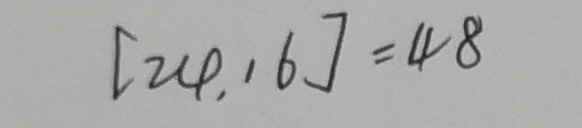
[ 2 4 , 1 6 ] = 4 8